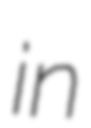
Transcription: in